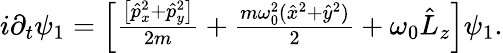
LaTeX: \begin{array}{r}{i\partial_{t}\psi_{1}=\left[\frac{\left[\hat{p}_{x}^{2}+\hat{p}_{y}^{2}\right]}{2m}+\frac{m\omega_{0}^{2}(\hat{x}^{2}+\hat{y}^{2})}{2}+\omega_{0}\hat{L}_{z}\right]\psi_{1}.}\end{array}